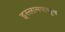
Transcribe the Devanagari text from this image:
इस्लामपासून